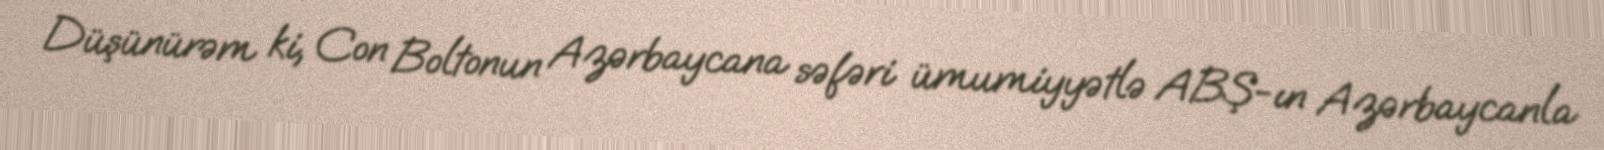
Düşünürəm ki, Con Boltonun Azərbaycana səfəri ümumiyyətlə ABŞ-ın Azərbaycanla